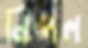
নিপল